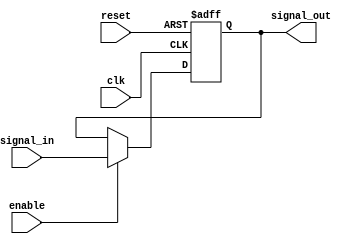
module transmission_gate_delay (
    input wire clk,
    input wire reset,
    input wire enable,
    input wire signal_in,
    output reg signal_out
);

reg delay = 1; // Define the delay value for the transmission gate

always @(posedge clk or posedge reset) begin
    if (reset) begin
        signal_out <= 0;
    end else if (enable) begin
        #delay; // Insert delay using transmission gate
        signal_out <= signal_in;
    end
end

endmodule